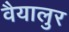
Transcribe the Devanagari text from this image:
वैयालुर